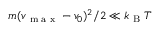
m ( v _ { \textrm { m a x } } - v _ { 0 } ) ^ { 2 } / 2 \ll k _ { \textrm { B } } T